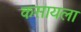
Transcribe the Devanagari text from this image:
कसायला